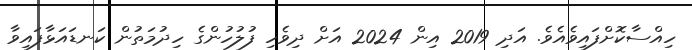
ހިއްސާކޮށްފައިވެއެވެ. އަދި 2019 އިން 2024 އަށް ދިވެހި ފުލުހުންގެ ހިދުމަތުން ކަނޑައަޅާފައިވާ